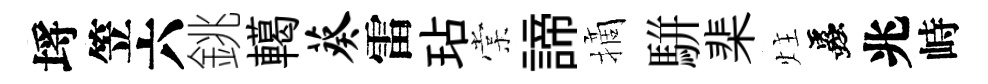
埓笠六銚轕葵雷玷棠諦摘駢棐炷蟲兆峙